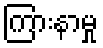
ကြားနာမှု